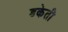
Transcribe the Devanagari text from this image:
डकेती